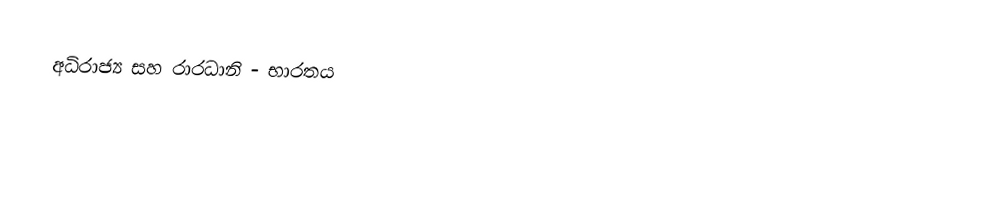
අධිරාජ්‍ය සහ රාරධානි - භාරතය